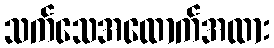
သက်သေအထောက်အထား